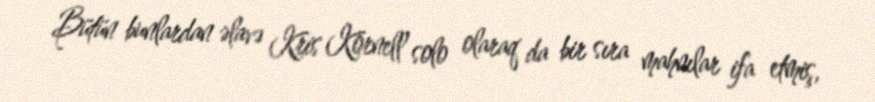
Bütün bunlardan əlavə Kris Kornell solo olaraq da bir sıra mahnılar ifa etmiş,